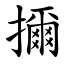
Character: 擟